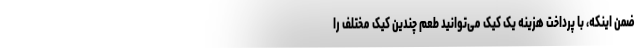
ضمن اینکه، با پرداخت هزینه یک کیک می‌توانید طعم چندین کیک مختلف را